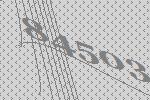
84503